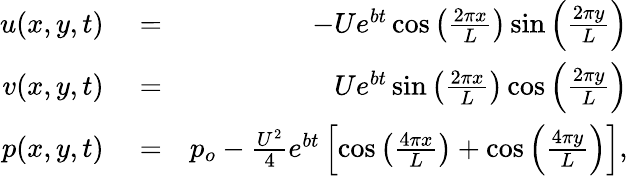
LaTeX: \begin{array}{rlr}{u(x,y,t)}&{{}=}&{-Ue^{bt}\cos{\left(\frac{2\pi x}{L}\right)}\sin{\left(\frac{2\pi y}{L}\right)}}\\ {v(x,y,t)}&{{}=}&{Ue^{bt}\sin{\left(\frac{2\pi x}{L}\right)}\cos{\left(\frac{2\pi y}{L}\right)}}\\ {p(x,y,t)}&{{}=}&{p_{o}-\frac{U^{2}}{4}e^{bt}\left[\cos{\left(\frac{4\pi x}{L}\right)}+\cos{\left(\frac{4\pi y}{L}\right)}\right],}\end{array}